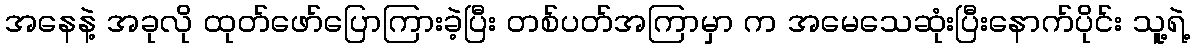
အနေနဲ့ အခုလို ထုတ်ဖော်ပြောကြားခဲ့ပြီး တစ်ပတ်အကြာမှာ က အမေသေဆုံးပြီးနောက်ပိုင်း သူ့ရဲ့